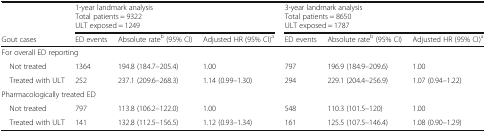
<table><thead><tr><td></td><td colspan="3"><b>1-year landmark analysisTotal patients = 9322ULT exposed = 1249</b></td><td colspan="3"><b>3-year landmark analysisTotal patients = 8650ULT exposed = 1787</b></td></tr><tr><td><b>Gout cases</b></td><td><b>ED events</b></td><td><b>Absolute rate<sup>b</sup> (95% CI)</b></td><td><b>Adjusted HR (95% CI)<sup>a</sup></b></td><td><b>ED events</b></td><td><b>Absolute rate<sup>b</sup> (95% CI)</b></td><td><b>Adjusted HR (95% CI)<sup>a</sup></b></td></tr></thead><tbody><tr><td colspan="7">For overall ED reporting</td></tr><tr><td> Not treated</td><td>1364</td><td>194.8 (184.7–205.4)</td><td>1.00</td><td>797</td><td>196.9 (184.9–209.6)</td><td>1.00</td></tr><tr><td> Treated with ULT</td><td>252</td><td>237.1 (209.6–268.3)</td><td>1.14 (0.99–1.30)</td><td>294</td><td>229.1 (204.4–256.9)</td><td>1.07 (0.94–1.22)</td></tr><tr><td colspan="7">Pharmacologically treated ED</td></tr><tr><td> Not treated</td><td>797</td><td>113.8 (106.2–122.0)</td><td>1.00</td><td>548</td><td>110.3 (101.5–120)</td><td>1.00</td></tr><tr><td> Treated with ULT</td><td>141</td><td>132.8 (112.5–156.5)</td><td>1.12 (0.93–1.34)</td><td>161</td><td>125.5 (107.5–146.4)</td><td>1.08 (0.90–1.29)</td></tr></tbody></table>